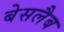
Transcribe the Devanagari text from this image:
बेसलैब